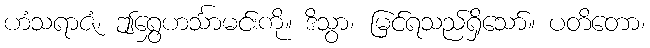
ဟံသရာဇံ၊ ဤရွှေဟင်္သာမင်းကို။ ဒိသွာ၊ မြင်ရသည်ရှိသော်။ ပတိတော၊